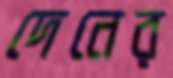
দেনের